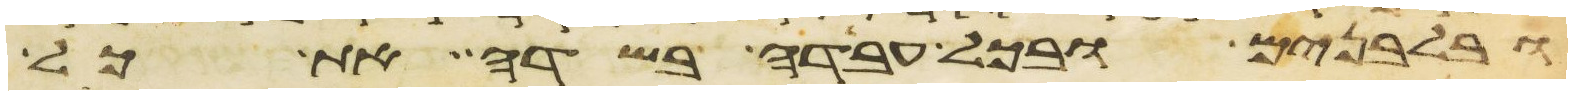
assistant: ובלבנים ובכל עבדה בשדה את כל